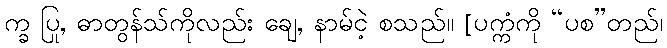
က္ခ ပြု, ဓာတွန်သ်ကိုလည်း ချေ, နာမ်ငဲ့ စသည်။ [ပက္ကံကို “ပစ”တည်၊